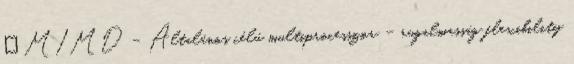
● MIMD – Általános célú multiprocesszor – rugalmasság flexibility